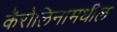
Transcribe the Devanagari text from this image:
कॅरोलिनामधील